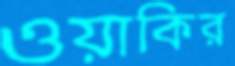
ওয়াকির